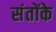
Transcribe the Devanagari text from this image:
संतोंके